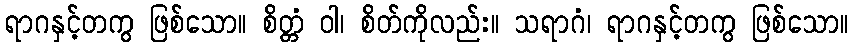
ရာဂနှင့်တကွ ဖြစ်သော။ စိတ္တံ ဝါ၊ စိတ်ကိုလည်း။ သရာဂံ၊ ရာဂနှင့်တကွ ဖြစ်သော။